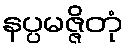
နပ္ပမဇ္ဇိတုံ